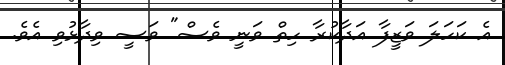
އެ ކަހަލަ ވަޒީފާ އަދާކުރާ ހިތް ވަނީ ވެސް" ވަސީ ވިދާޅުވި އެވެ.